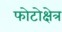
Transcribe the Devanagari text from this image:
फोटोक्षेत्र